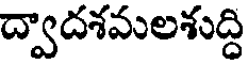
ద్వాదశవులశుద్ధి